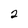
Character: 2